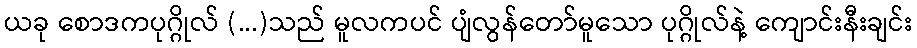
ယခု စောဒကပုဂ္ဂိုလ် (...)သည် မူလကပင် ပျံလွန်တော်မူသော ပုဂ္ဂိုလ်နဲ့ ကျောင်းနီးချင်း